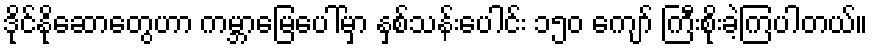
ဒိုင်နိုဆောတွေဟာ ကမ္ဘာမြေပေါ်မှာ နှစ်သန်းပေါင်း ၁၅၀ ကျော် ကြီးစိုးခဲ့ကြပါတယ်။